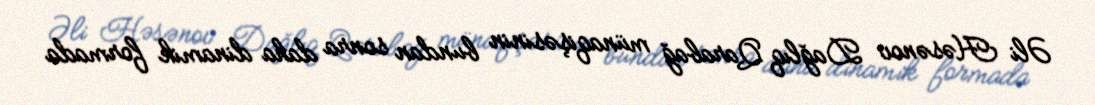
Əli Həsənov Dağlıq Qarabağ münaqişəsinin bundan sonra daha dinamik formada